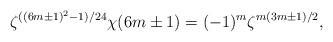
LaTeX: \begin{align*}\zeta^{((6m\pm 1)^2-1)/24}\chi(6m\pm 1) = (-1)^m\zeta^{m(3m\pm 1)/2},\end{align*}